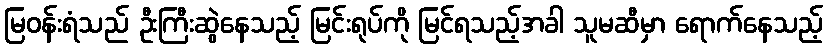
မြဝန်းရံသည် ဦးကြီးဆွဲနေသည့် မြင်းရုပ်ကို မြင်ရသည့်အခါ သူမဆီမှာ ရောက်နေသည့်